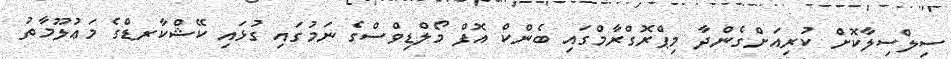
ސިލްސިލާކޮށް ކުރިއަށްގެންދާ މިޕްރޮގްރާމްގައި ބެންކް އޮފް މޯލްޑިވްސްގެ ނަމުގައި ގުޅައި ކޭޝްކާރޑްގެ މަޢުލޫމާތު